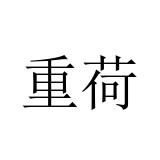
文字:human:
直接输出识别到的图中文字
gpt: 重荷